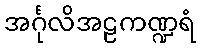
အင်္ဂုလိအဠကဏ္ဍရံ